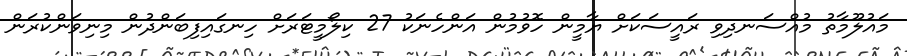
މައުލޫމާތު މުއްސަނދިވި ރައީސަކަށް ޔާމީން ހޮވުމުން އަންހެނަކު 27 ކިލޯމީޓަރަށް ހިނގައިފިބަންދުން މިނިވަންކުރަން